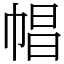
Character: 𢃑